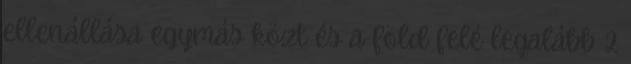
ellenállása egymás közt és a föld felé legalább 2